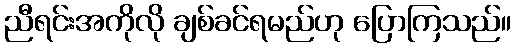
ညီရင်းအကိုလို ချစ်ခင်ရမည်ဟု ပြောကြသည်။